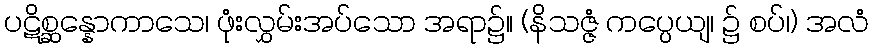
ပဋိစ္ဆန္နောကာသေ၊ ဖုံးလွှမ်းအပ်သော အရာ၌။ (နိသဇ္ဇံ ကပ္ပေယျ၊ ၌ စပ်၊) အလံ